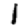
Digit: 1